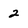
Character: 2